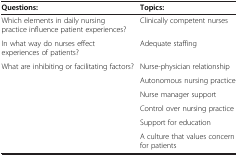
| Questions: | Topics: |
 | --- | --- |
 | Which elements in daily nursing practice influence patient experiences? | Clinically competent nurses |
 | In what way do nurses effect experiences of patients? | Adequate staffing |
 | What are inhibiting or facilitating factors? | Nurse-physician relationship |
 |  | Autonomous nursing practice |
 |  | Nurse manager support |
 |  | Control over nursing practice |
 |  | Support for education |
 |  | A culture that values concern for patients |